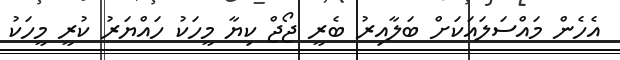
އެހެން މައްސަލައަކަށް ބަލާއިރު ބެރީ ޖޯޖް ކިޔާ މީހަކު ހައްޔަރު ކުރީ މީހަކު